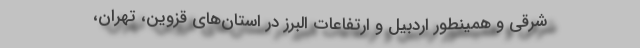
شرقی و همینطور اردبیل و ارتفاعات البرز در استان‌های قزوین، تهران،